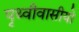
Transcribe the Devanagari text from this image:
पृथ्वीवासीयो